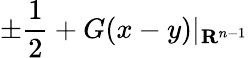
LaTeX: \pm{\frac{1}{2}}+G(x-y)|_{\mathbf{R}^{n-1}}